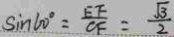
\sin 6 0 ^ { \circ } = \frac { E F } { C F } = \frac { \sqrt { 3 } } { 2 }